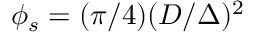
\phi _ { s } = ( \pi / 4 ) ( D / \Delta ) ^ { 2 }